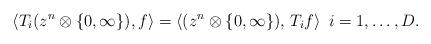
LaTeX: \begin{align*} \langle T_i ( z^n\otimes\lbrace 0, \infty\rbrace), f \rangle=\langle (z^n\otimes\lbrace 0, \infty\rbrace), \, T_if \rangle\,\ i= 1,\ldots, D. \end{align*}